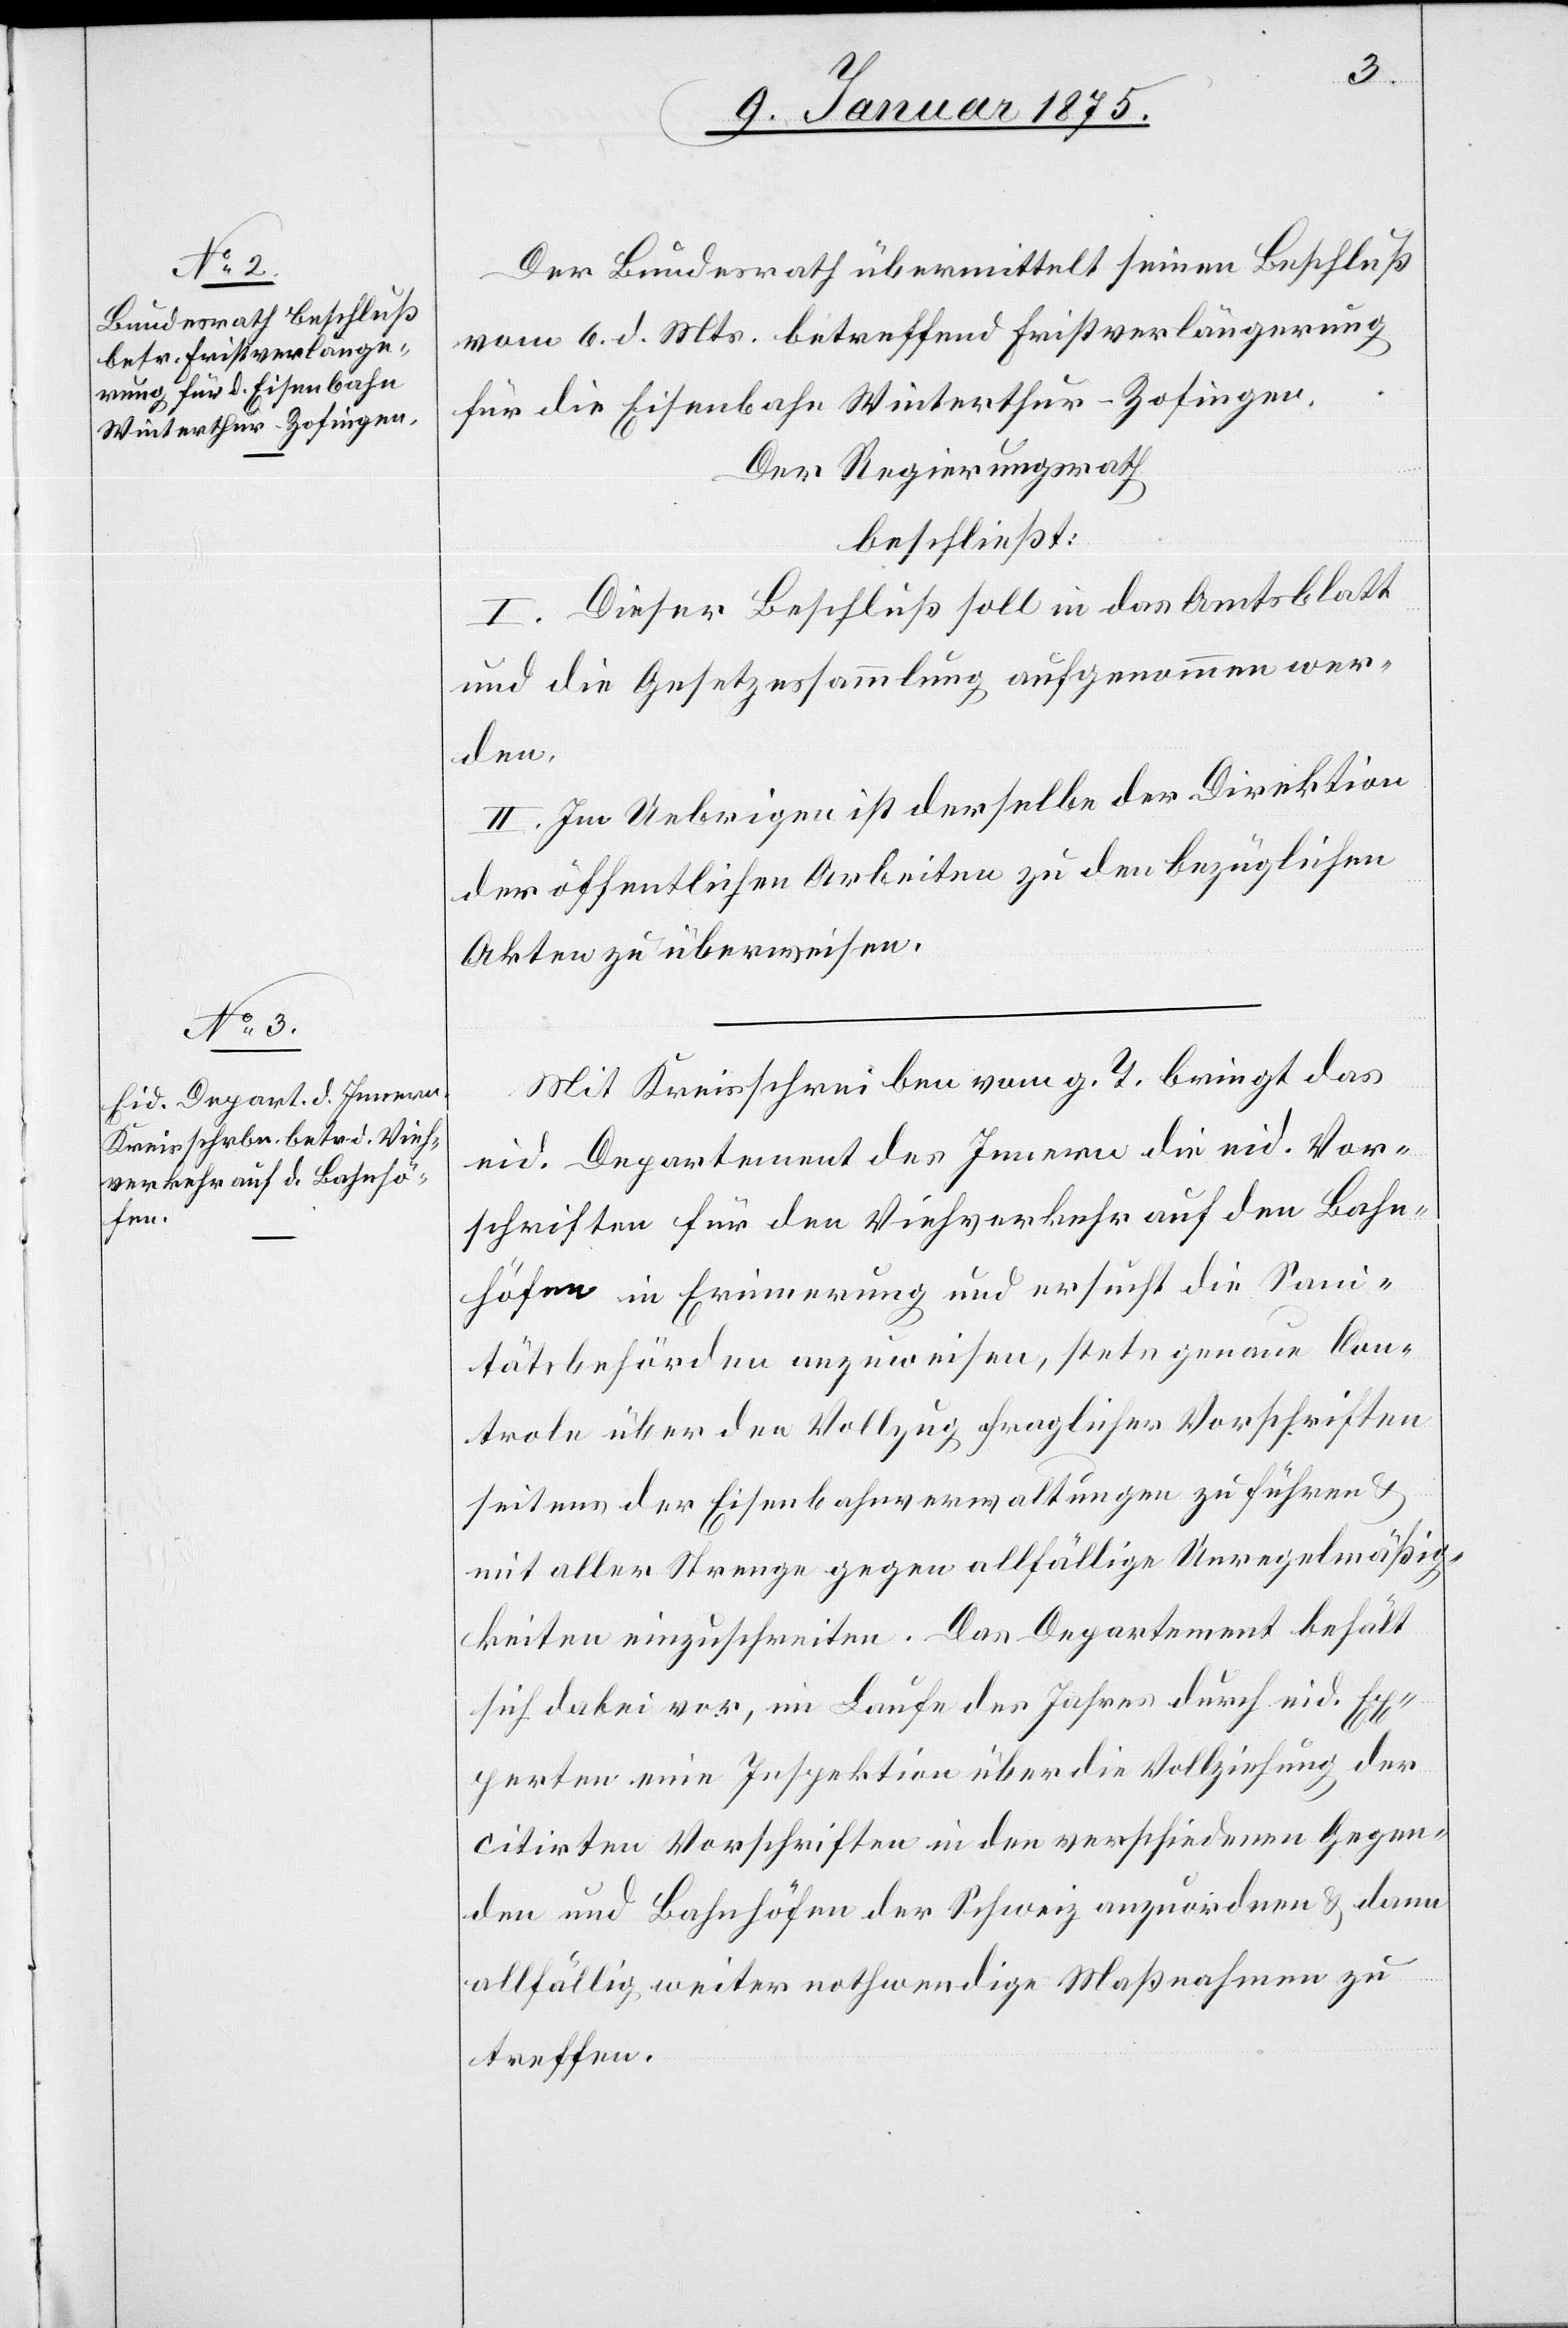
Der Bundesrath übermittelt seinen Beschluß
vom 6. d. Mts. betreffend Fristverlängerung
für die Eisenbahn Winterthur-Zofingen.
Der Regierungsrath
beschließt:
I. Dieser Beschluß soll in das Amtsblatt
und die Gesetzessammlung aufgenommen wer¬
den.
II. Im Uebrigen ist derselbe der Direktion
der öffentlichen Arbeiten zu den bezüglichen
Akten zu überweisen.
Mit Kreisschreiben vom g. T. bringt das
eid. Departement des Innern die eid. Vor¬
schriften für den Viehverkehr auf den Bahn¬
höfen in Erinnerung und ersucht die Sani¬
tätsbehörden anzuweisen, stete genaue Con¬
trole über den Vollzug fraglicher Vorschriften
seitens der Eisenbahnverwaltungen zu führen &
mit aller Strenge gegen allfällige Unregelmäßig¬
keiten einzuschreiten. Das Departement behält
sich dabei vor, im Laufe des Jahres durch eidg. Ex¬
perten eine Inspektion über die Vollziehung der
citirten Vorschriften in den verschiedenen Gegen¬
den und Bahnhöfen der Schweiz anzuordnen & dann
allfällig weiter nothwendige Maßnahmen zu
treffen.